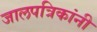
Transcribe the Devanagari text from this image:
जालपत्रिकांनी